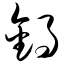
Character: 锅